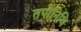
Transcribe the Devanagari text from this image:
तपोनिधि